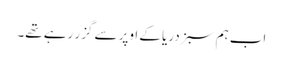
اب ہم سبز دریا کے اوپر سے گزر رہے تھے۔